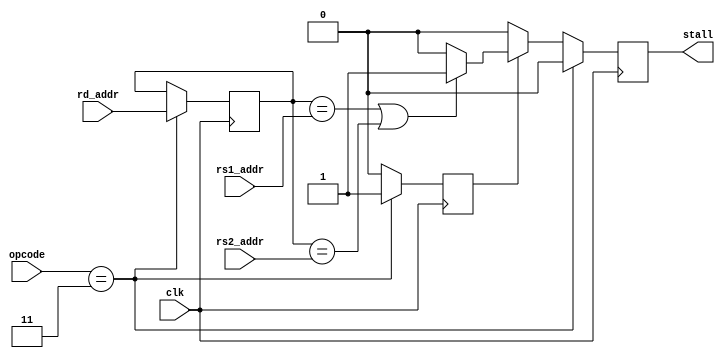
module pipeline_interlock(
    input   wire    [6:0]   opcode,
    input   wire    [4:0]   rd_addr,
    input   wire    [4:0]   rs1_addr,
    input   wire    [4:0]   rs2_addr,
    input   wire            clk,
    output  reg             stall = 0
);

    reg         load_flag = 0; 
    reg [4:0]   p_rd_addr;

    always @(posedge clk) begin
        if(opcode == 7'b0000011) begin
            p_rd_addr <= rd_addr;
            load_flag <= 1;
            stall <= 0;
        end else if(load_flag) begin
            if((p_rd_addr == rs1_addr) || (p_rd_addr == rs2_addr)) begin
                stall <= 1;
            end else begin
                stall <= 0;
            end
            load_flag <= 0;
        end else begin
            stall <= 0;
        end
    end
endmodule